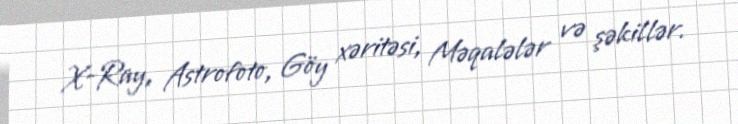
X-Ray, Astrofoto, Göy xəritəsi, Məqalələr və şəkillər.